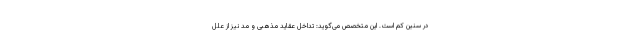
در سنین کم است. این متخصص می‌گوید: تداخل عقاید مذهبی و مد نیز از علل